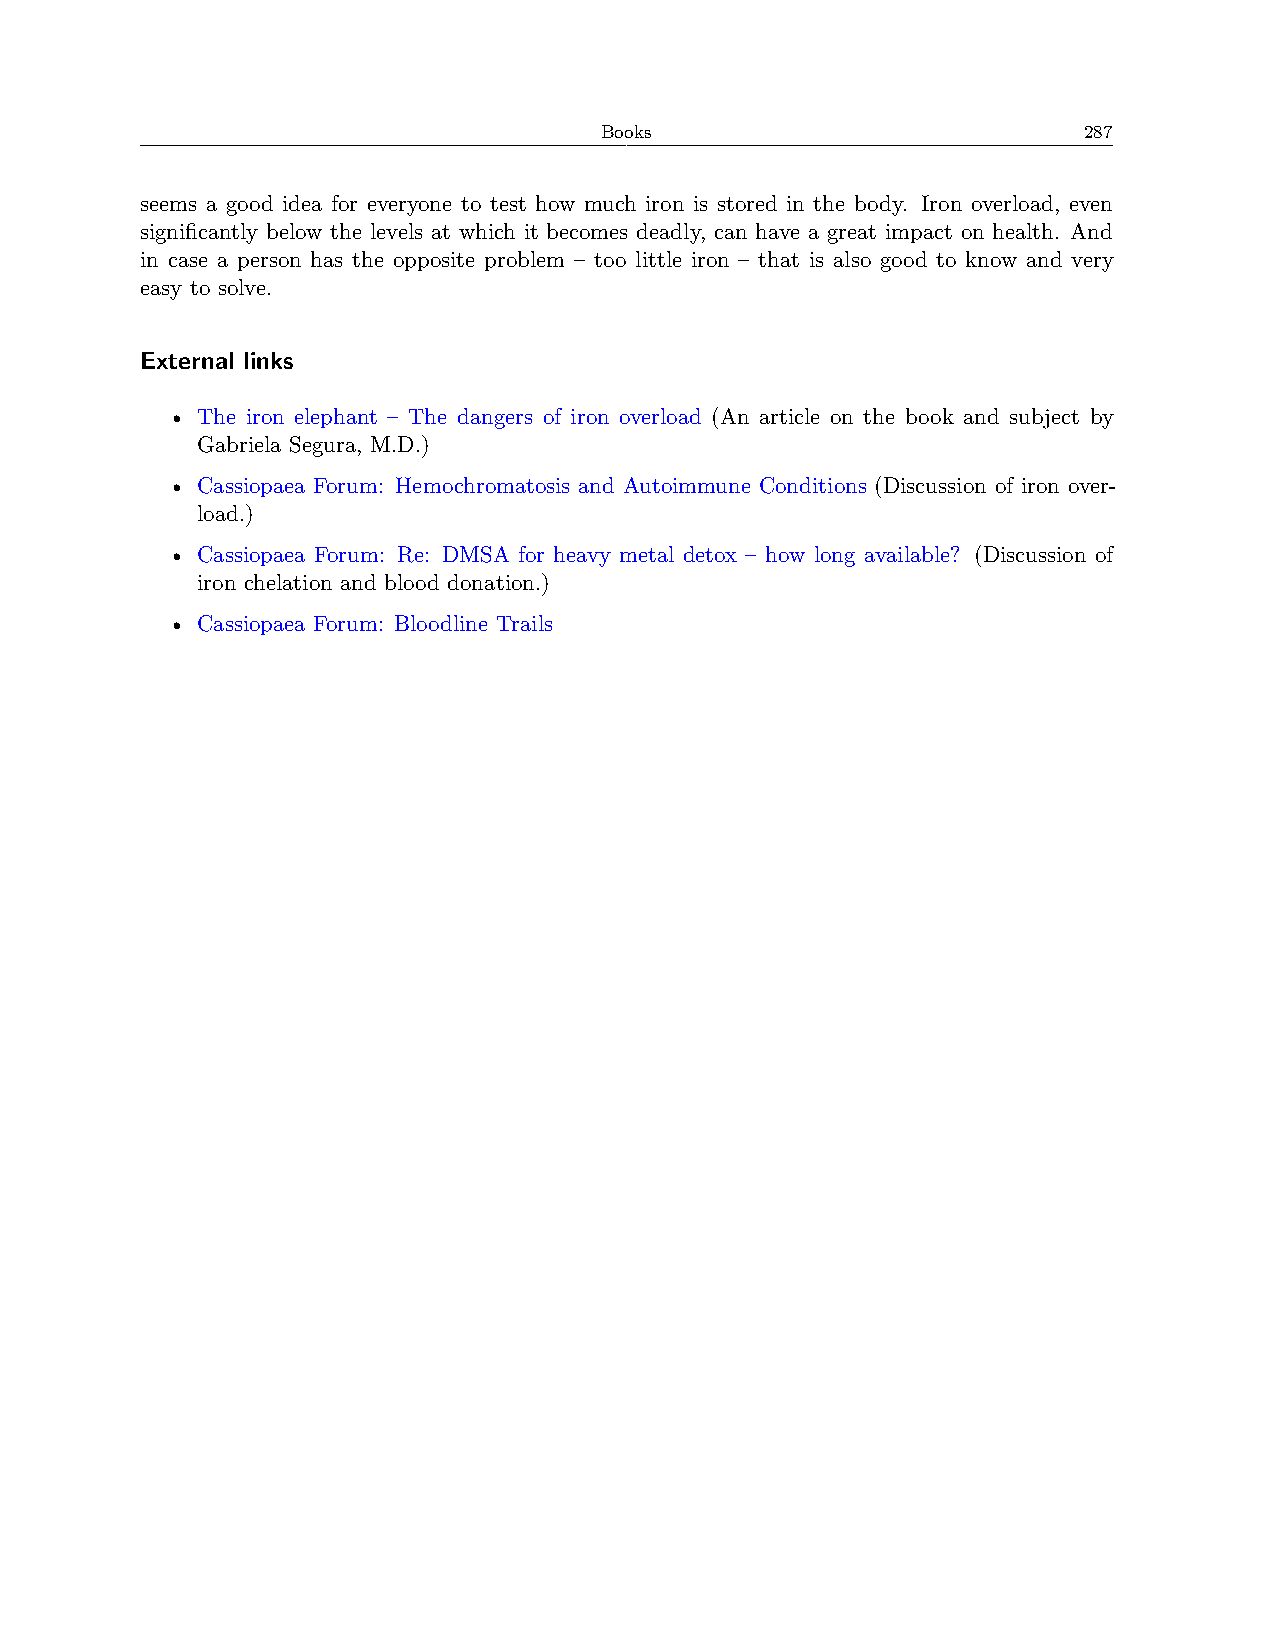
Books                           287
 seems a good idea for everyone to test how much iron is stored in the body. Iron overload, even
 significantly below the levels at which it becomes deadly, can have a great impact on health. And
 in case a person has the opposite problem – too little iron – that is also good to know and very
 easy to solve.
 External links
 • The iron elephant – The dangers of iron overload (An article on the book and subject by
 Gabriela Segura, M.D.)
 • Cassiopaea Forum: Hemochromatosis and Autoimmune Conditions (Discussion of iron over-
 load.)
 • Cassiopaea Forum: Re: DMSA for heavy metal detox – how long available? (Discussion of
 iron chelation and blood donation.)
 • Cassiopaea Forum: Bloodline Trails